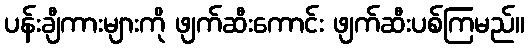
ပန်းချီကားများကို ဖျက်ဆီးကောင်း ဖျက်ဆီးပစ်ကြမည်။